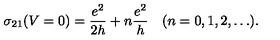
\sigma _ { 2 1 } ( V = 0 ) = \frac { e ^ { 2 } } { 2 h } + n \frac { e ^ { 2 } } { h } \quad ( n = 0 , 1 , 2 , \ldots ) .